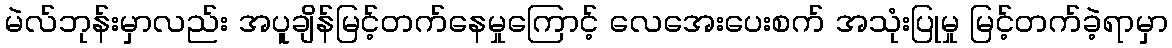
မဲလ်ဘုန်းမှာလည်း အပူချိန်မြင့်တက်နေမှုကြောင့် လေအေးပေးစက် အသုံးပြုမှု မြင့်တက်ခဲ့ရာမှာ